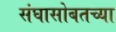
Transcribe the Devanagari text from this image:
संघासोबतच्या